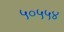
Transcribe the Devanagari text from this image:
५०५५४